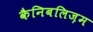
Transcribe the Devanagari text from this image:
कैनिबलिज़म